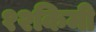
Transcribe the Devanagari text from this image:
१२किमी